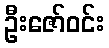
ဦးဇော်ဝင်း